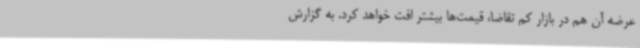
عرضه آن هم در بازار کم تقاضا، قیمت‌ها بیشتر افت خواهد کرد. به گزارش